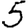
Digit: 5